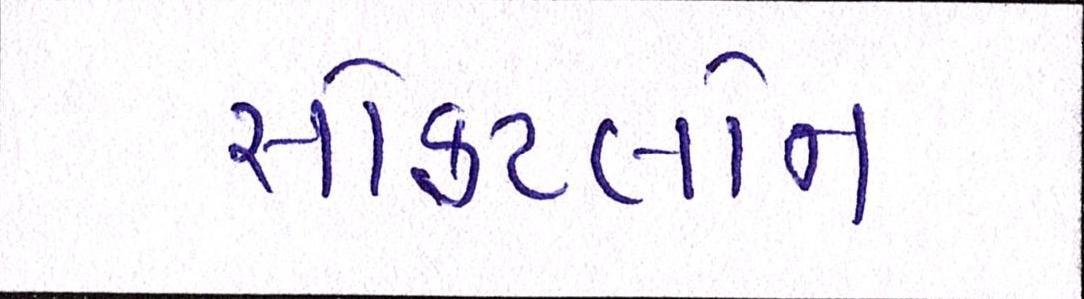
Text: સોફટલોન